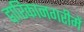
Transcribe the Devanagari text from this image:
द्वारिकानगरीमें